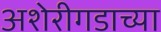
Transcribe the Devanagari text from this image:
अशेरीगडाच्या